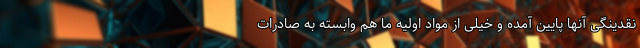
نقدینگی آنها پایین آمده و خیلی از مواد اولیه ما هم وابسته به صادرات